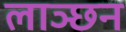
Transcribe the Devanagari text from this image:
लाञ्छन